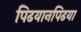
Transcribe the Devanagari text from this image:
पिढयानपिढया